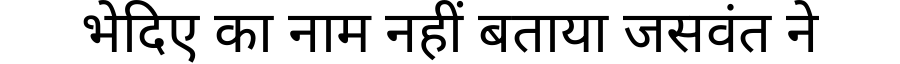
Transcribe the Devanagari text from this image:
भेदिए का नाम नहीं बताया जसवंत ने